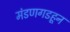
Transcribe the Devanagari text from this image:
मंडणगडहून